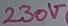
Text: 230V